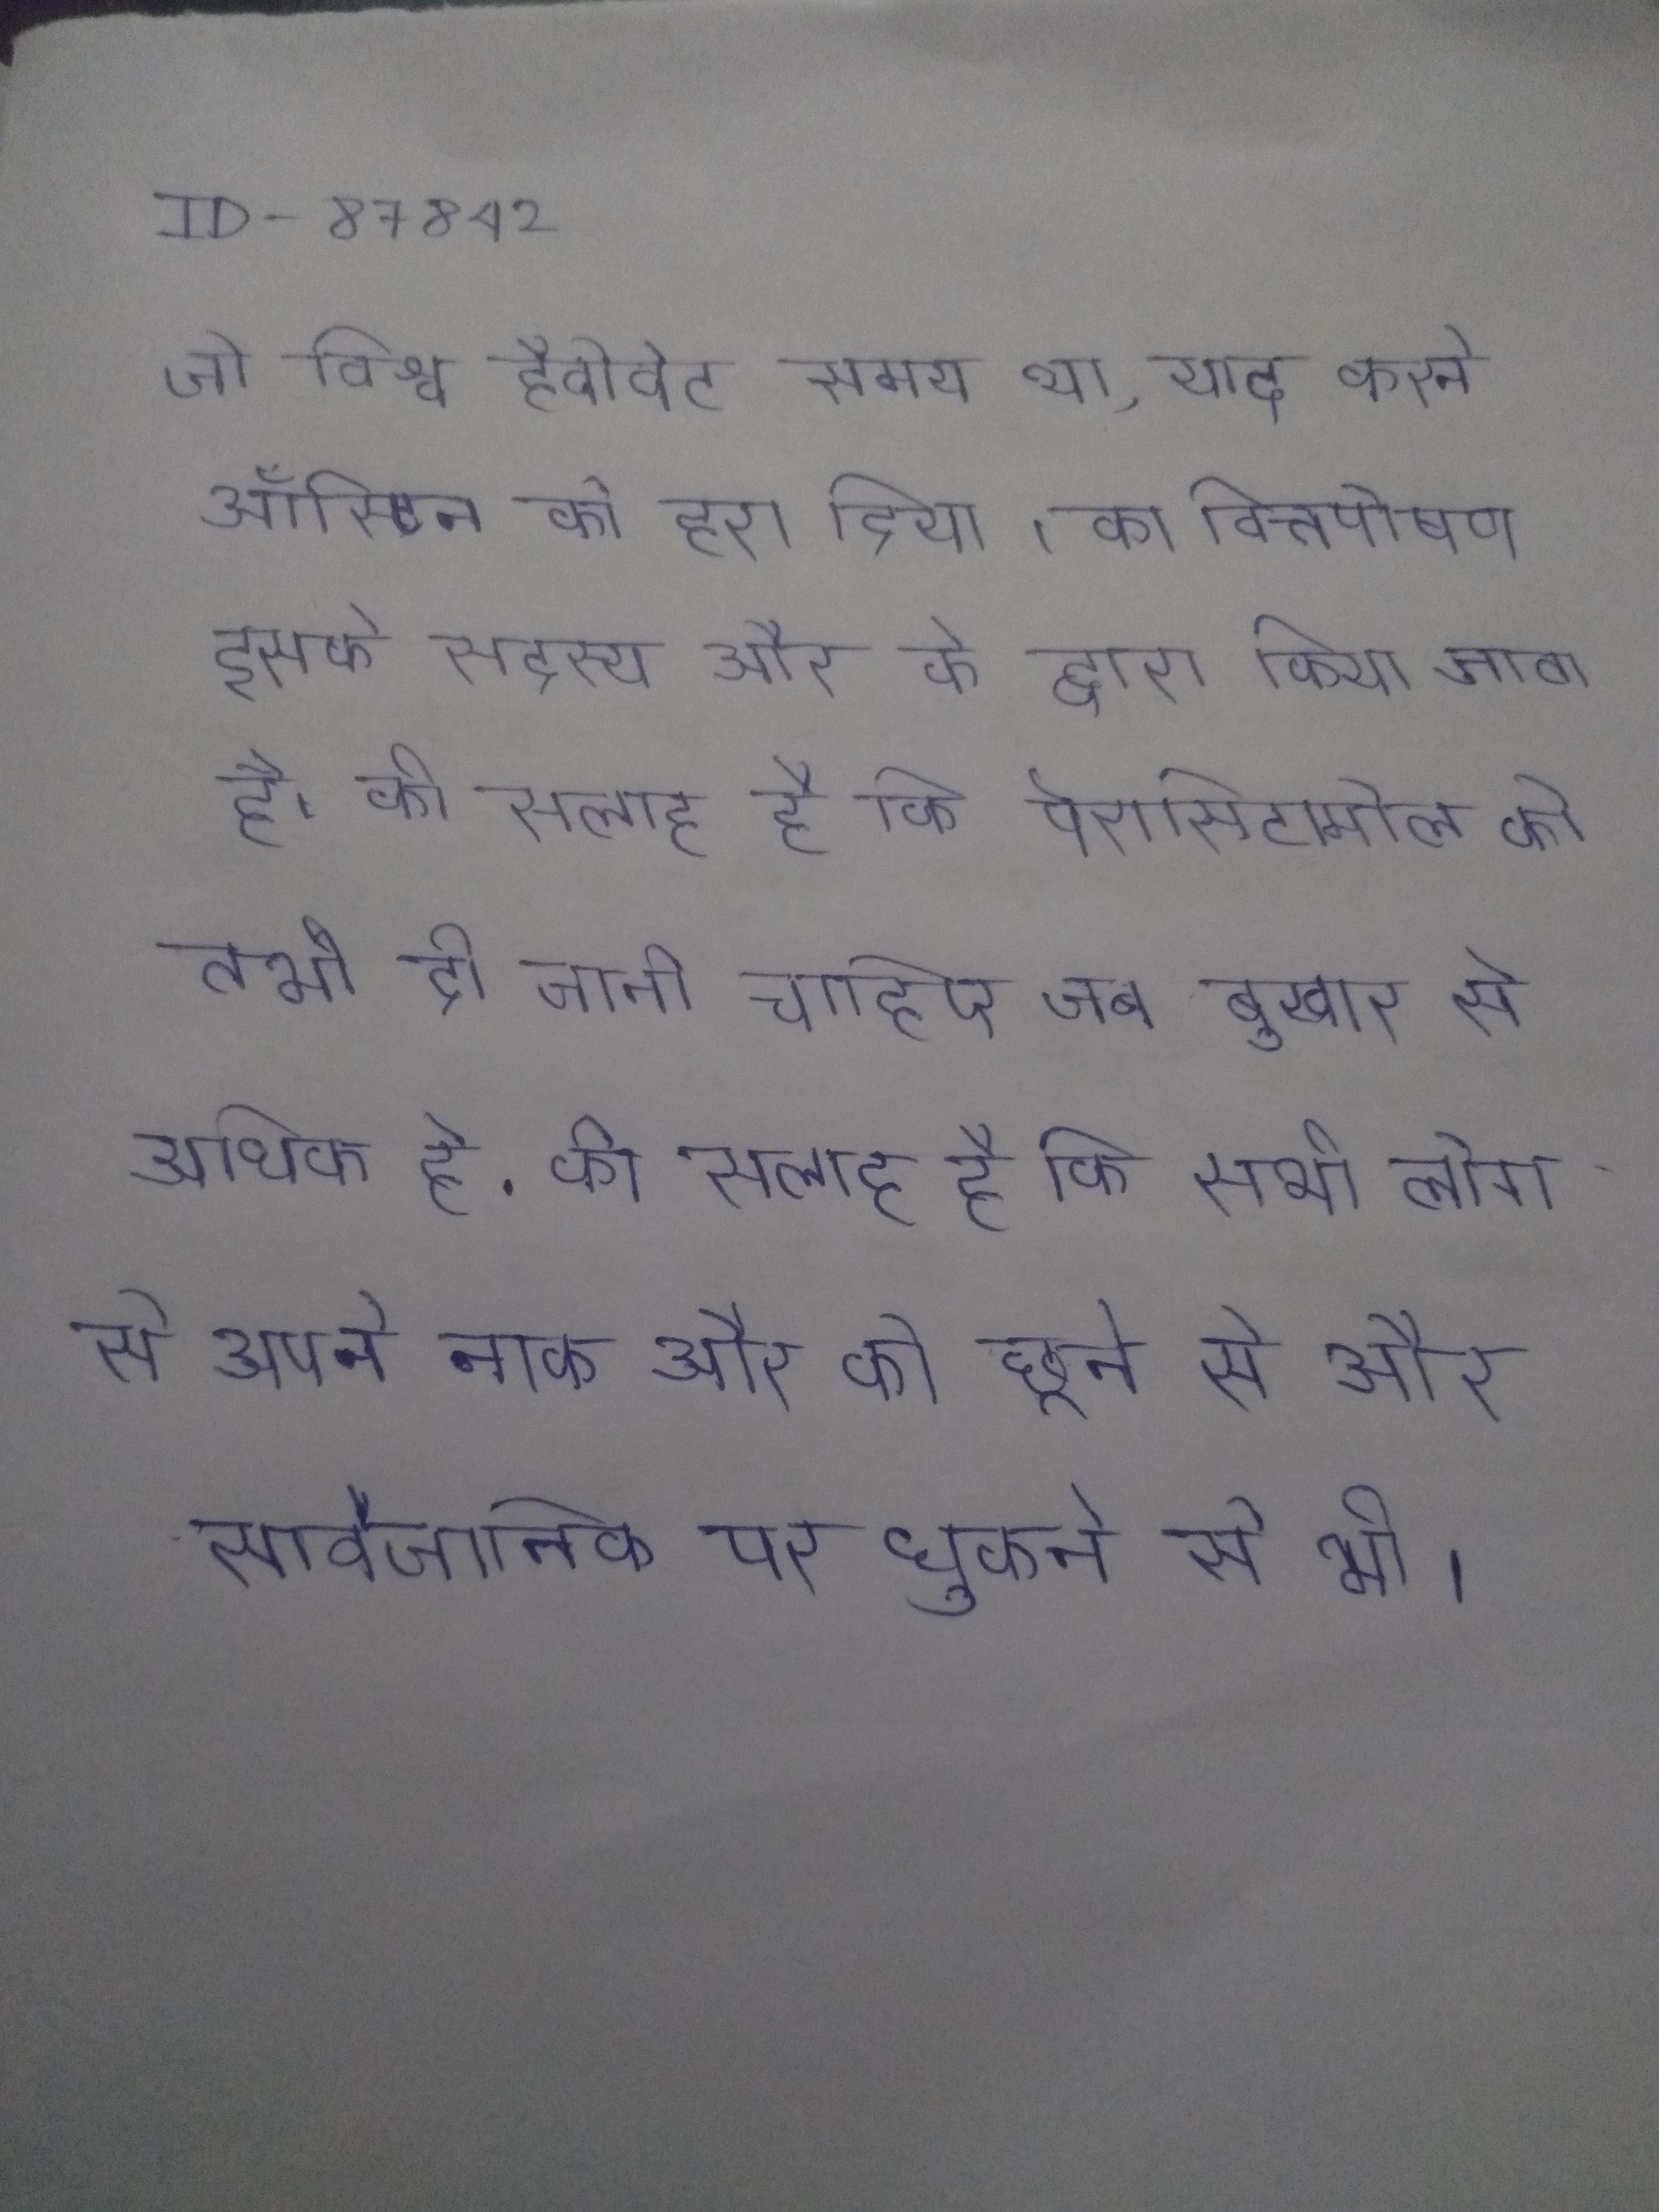
जो विश्व हैवीवेट समय था, याद करने ऑस्टिन को हरा दिया । का वित्तपोषण इसके सदस्य और के द्वारा किया जाता है । की सलाह है कि पेरासिटामोल को तभी दी जानी चाहिए जब बुखार से अधिक हो . की सलाह है कि सभी लोग से अपने नाक और को छूने से और सार्वजनिक पर धुकने से भी ।